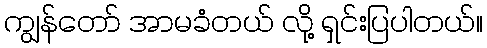
ကျွန်တော် အာမခံတယ် လို့ ရှင်းပြပါတယ်။